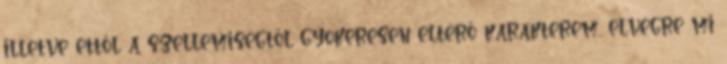
illetve ettől a szellemiségtől gyökeresen eltérő karakterem, elvégre mi